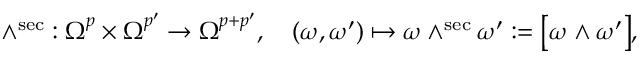
\wedge ^ { \mathrm { s e c } } : \boldsymbol \Omega ^ { p } \times \boldsymbol \Omega ^ { p ^ { \prime } } \to \boldsymbol \Omega ^ { p + p ^ { \prime } } , \quad ( \boldsymbol \omega , \boldsymbol \omega ^ { \prime } ) \mapsto \boldsymbol \omega \wedge ^ { \mathrm { s e c } } \boldsymbol \omega ^ { \prime } : = \big [ \omega \wedge \omega ^ { \prime } \big ] ,